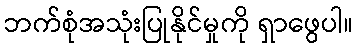
ဘက်စုံအသုံးပြုနိုင်မှုကို ရှာဖွေပါ။